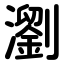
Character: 瀏